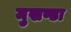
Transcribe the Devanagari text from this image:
मुखण्डा